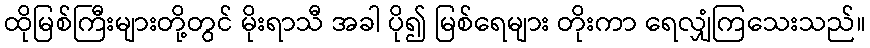
ထိုမြစ်ကြီးများတို့တွင် မိုးရာသီ အခါ ပို၍ မြစ်ရေများ တိုးကာ ရေလျှံကြသေးသည်။